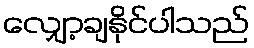
လျှော့ချနိုင်ပါသည်